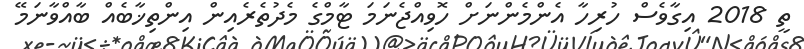
ތީ 2018 އިގާވެސް ހުރިހާ އެންމެންނަށް ހޮވިއްޖެނަމަ ޓާމްގެ މެދުތެރެއިން އިންތިޚާބެއް ބާއްވާނަމޭ